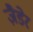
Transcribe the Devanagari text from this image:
ज़ैडेर